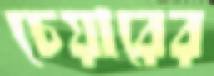
চেয়ারের